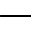
-